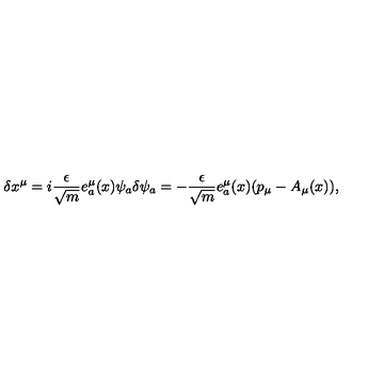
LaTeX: \delta x ^ { \mu } = i \frac { \epsilon } { \sqrt { m } } e _ { a } ^ { \mu } ( x ) \psi _ { a } \delta \psi _ { a } = - \frac { \epsilon } { \sqrt { m } } e _ { a } ^ { \mu } ( x ) ( p _ { \mu } - A _ { \mu } ( x ) ) ,